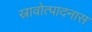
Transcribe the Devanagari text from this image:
स्रावोत्पादनास